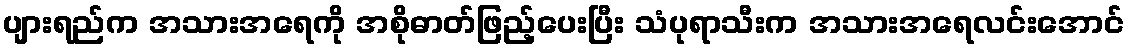
ပျားရည်က အသားအရေကို အစိုဓာတ်ဖြည့်ပေးပြီး သံပုရာသီးက အသားအရေလင်းအောင်